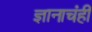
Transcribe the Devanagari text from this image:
ज्ञानाचंही